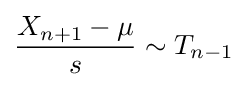
{\frac {X_{n+1}-\mu }{s}}\sim T_{n-1}